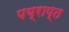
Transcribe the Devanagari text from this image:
पय्राप्त